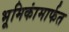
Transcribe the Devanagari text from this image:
भूमिकांमार्फत